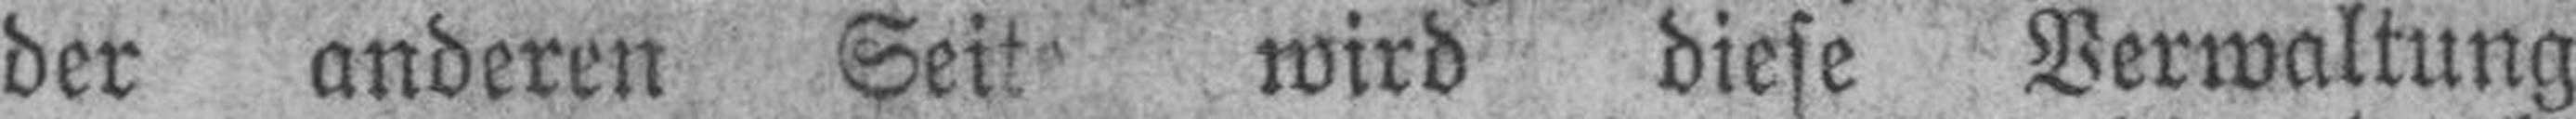
der anderen Seite wird diese Verwaltung